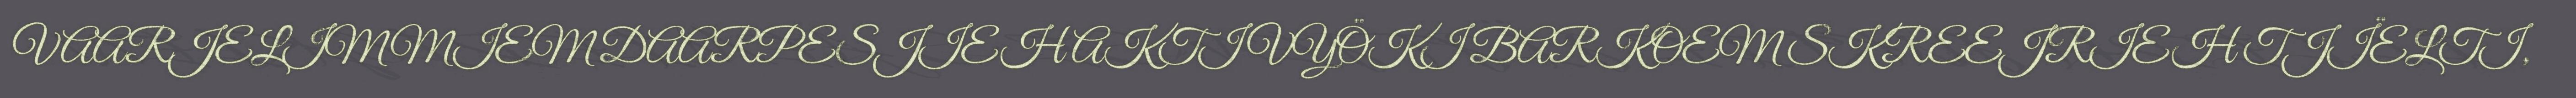
VAARJELIMMIEM DAARPESJIEH AKTIVYÖKI BARKOEM SKREEJRIEH TJÏELTI,